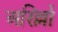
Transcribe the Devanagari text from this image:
अरिल्लों